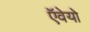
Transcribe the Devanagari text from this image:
ऍवेयो